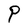
Character: P